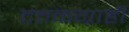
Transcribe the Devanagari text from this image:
दत्तकग्राही